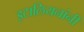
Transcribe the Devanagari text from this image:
इटालियनांनी